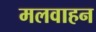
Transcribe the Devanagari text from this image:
मलवाहन